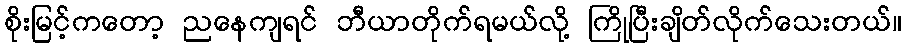
စိုးမြင့်ကတော့ ညနေကျရင် ဘီယာတိုက်ရမယ်လို့ ကြိုပြီးချိတ်လိုက်သေးတယ်။